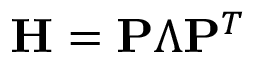
\mathbf { H } = \mathbf { P } \boldsymbol { \Lambda } \mathbf { P } ^ { T }